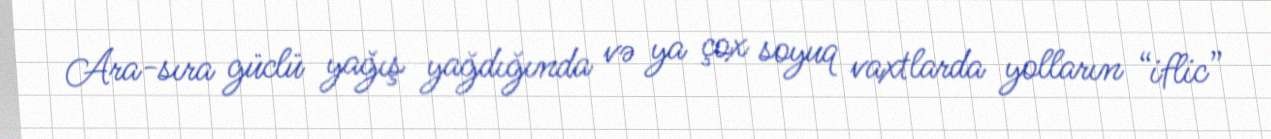
Ara-sıra güclü yağış yağdığında və ya çox soyuq vaxtlarda yolların “iflic”